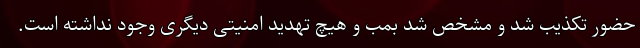
حضور تکذیب شد و مشخص شد بمب و هیچ تهدید امنیتی دیگری وجود نداشته است.